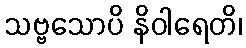
သဗ္ဗသောပိ နိဝါရေတိ၊